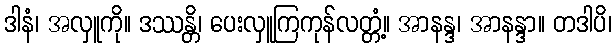
ဒါနံ၊ အလှူကို။ ဒဿန္တိ၊ ပေးလှူကြကုန်လတ္တံ့။ အာနန္ဒ၊ အာနန္ဒာ။ တဒါပိ၊